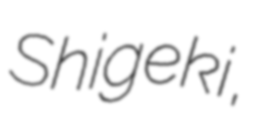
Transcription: Shigeki,